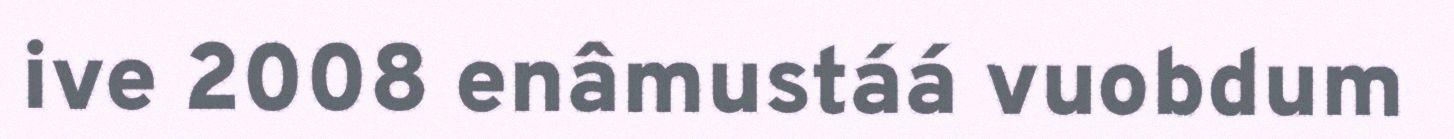
ive 2008 enâmustáá vuobdum